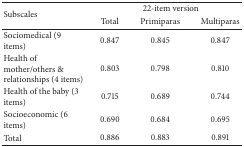
<table><thead><tr><td rowspan="2"><b>Subscales </b></td><td colspan="3"><b>22-item version </b></td></tr><tr><td><b>Total </b></td><td><b>Primiparas </b></td><td><b>Multiparas </b></td></tr></thead><tbody><tr><td>Sociomedical (9 items)</td><td>0.847</td><td>0.845</td><td>0.847</td></tr><tr><td>Health of mother/others &amp; relationships (4 items)</td><td>0.803</td><td>0.798</td><td>0.810</td></tr><tr><td>Health of the baby (3 items)</td><td>0.715</td><td>0.689</td><td>0.744</td></tr><tr><td>Socioeconomic (6 items) </td><td>0.690</td><td>0.684</td><td>0.695</td></tr><tr><td>Total </td><td>0.886</td><td>0.883</td><td>0.891</td></tr></tbody></table>